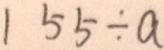
1 5 5 \div a